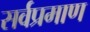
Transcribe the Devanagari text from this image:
सर्वप्रमाण